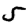
Digit: 5